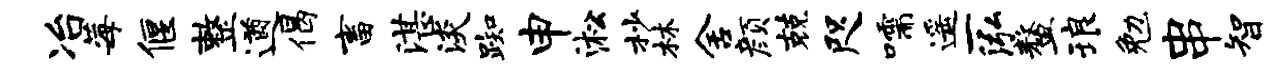
冶莓偃整遒偈畜湛淡踟申淞杪林舍颜兢咫嚅遥一泓鳌琅勉串智